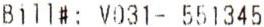
BILL#: V031- 551345